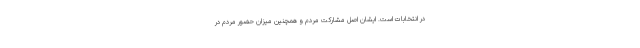
در انتخابات است. ایشان اصلِ مشارکت مردم و همچنین میزان حضور مردم در